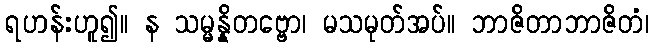
ရဟန်းဟူ၍။ န သမ္မန္နိတဗ္ဗော၊ မသမုတ်အပ်။ ဘာဇိတာဘာဇိတံ၊